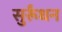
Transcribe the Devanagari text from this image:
सुर्रूंधन